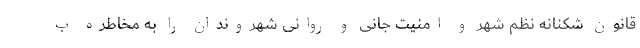
قانون شکنانه نظم شهر و امنیت جانی و روانی شهروندان را به مخاطره ب